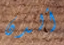
ألدن